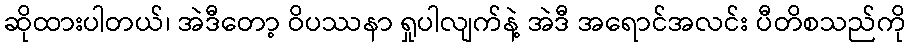
ဆိုထားပါတယ်၊ အဲဒီတော့ ဝိပဿနာ ရှုပါလျက်နဲ့ အဲဒီ အရောင်အလင်း ပီတိစသည်ကို